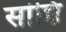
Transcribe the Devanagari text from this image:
सांझि